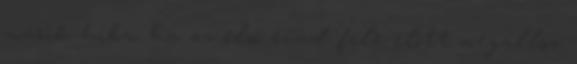
másik hiba, ha az első évad fele előtt megállsz.